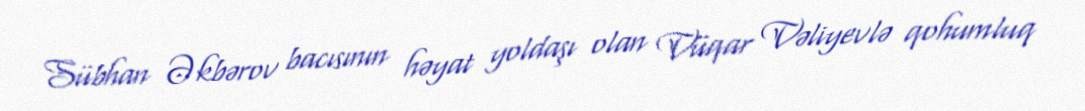
Sübhan Əkbərov bacısının həyat yoldaşı olan Vüqar Vəliyevlə qohumluq